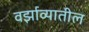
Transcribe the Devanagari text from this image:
वर्झाव्यातील